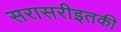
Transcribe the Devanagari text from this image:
सरासरीइतकी